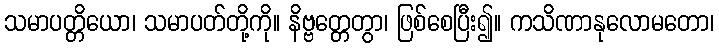
သမာပတ္တိယော၊ သမာပတ်တို့ကို။ နိဗ္ဗတ္တေတွာ၊ ဖြစ်စေပြီး၍။ ကသိဏာနုလောမတော၊